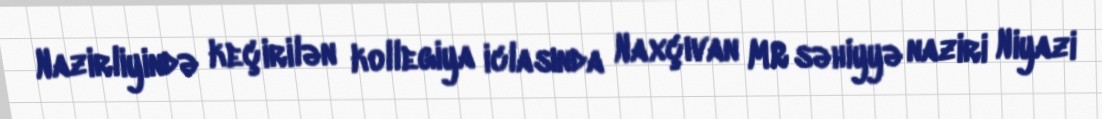
Nazirliyində keçirilən kollegiya iclasında Naxçıvan MR səhiyyə naziri Niyazi